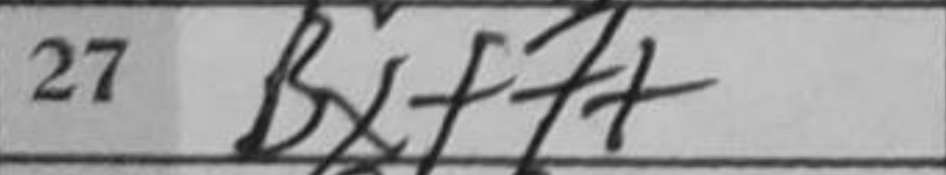
Transcription: Bxf7+